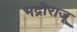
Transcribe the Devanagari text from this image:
भद्रीराजू